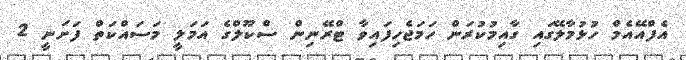
އެފްއޭއެމް ހުޅުމާލޭގައި ގާއިމުކުރަން ހަމަޖެހިފައިވާ ޓްރޭނިން ސްކޫލްގެ އަމަލީ މަސައްކަތް ފަށަނީ 2